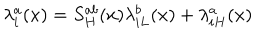
\lambda _ { i } ^ { a } ( x ) = S _ { H } ^ { a b } ( x ) \lambda _ { i L } ^ { b } ( x ) + \lambda _ { i H } ^ { a } ( x )